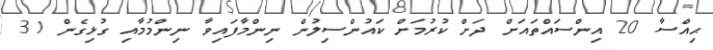
ޙިއްސާ 20 އިންސައްތައަށް ދަށް ކުރުމަށް ކައުންސިލުން ނިންމާފައިވާ ނިންމުމާއި ގުޅިގެން 31